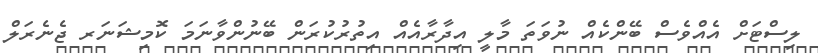
ލިސްޓަށް އެއްވެސް ބޭންކެއް ނުވަތަ މާލީ އިދާރާއެއް އިތުރުކުރަން ބޭނުންވާނަމަ ކޮމިޝަނަރ ޖެނެރަލް